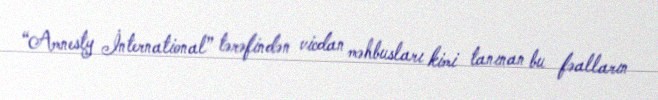
“Amnesty İnternational” tərəfindən vicdan məhbusları kimi tanınan bu fəalların